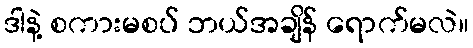
ဒါနဲ့ စကားမစပ် ဘယ်အချိန် ရောက်မလဲ။